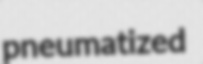
pneumatized